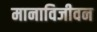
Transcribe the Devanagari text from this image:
मानाविजीवन